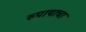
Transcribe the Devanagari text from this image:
रुपायाचा